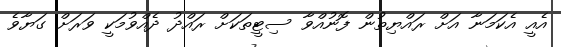
އެއީ އެކަމަނާ އަށް ރައްޔިތުން ފޮނުއްވާ ސިޓީތަކަށް ރައްދު ދެއްވުމަކީ ވަރަށް ގަޔާވެ